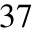
3 7